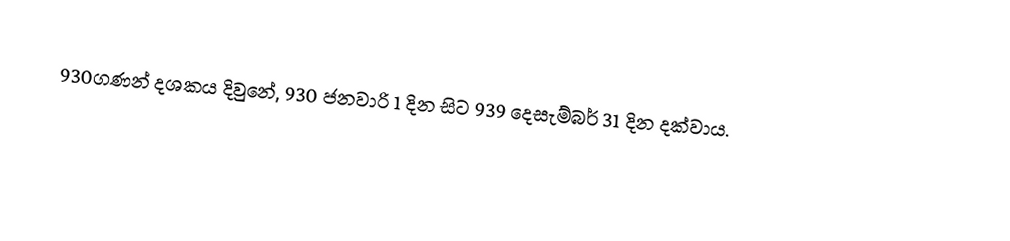
930ගණන් දශකය දිවුනේ, 930 ජනවාරි 1 දින සිට 939 දෙසැම්බර් 31 දින දක්වාය.